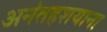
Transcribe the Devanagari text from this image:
अनंतहशयाना